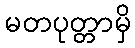
မတပုတ္တာမှိ